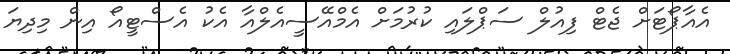
އެއާޕޯޓަށް ޖެޓް ފިއުލް ސަޕްލައި ކުރުމަށް އެމްއޭސީއެލްއާ އެކު އެސްޓީއޯ އިން މިދިޔަ